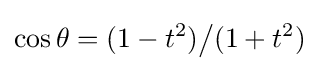
\cos \theta =(1-t^{2}){\big /}(1+t^{2})